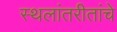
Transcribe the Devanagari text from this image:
स्थलांतरीतांचे